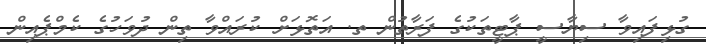
ގުޅިފައިވާ ސިޔާސީ ޕާޓީތަކުގެ ފަރާތުން ތ. އަތޮޅަށް ކުރައްވާ ތިން ދުވަހުގެ ކެމްޕެއިން